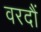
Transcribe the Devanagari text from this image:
वरदौं